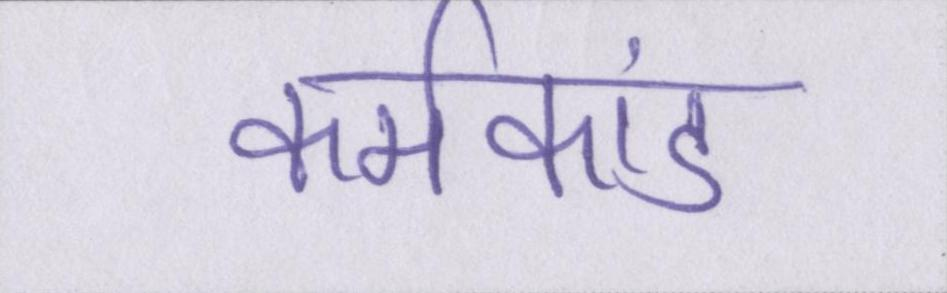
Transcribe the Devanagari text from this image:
कर्मकांड